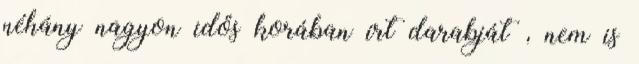
néhány nagyon idős korában írt darabját , nem is